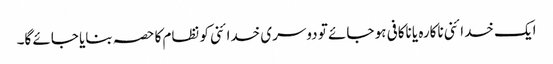
ایک خدائنی ناکارہ یا ناکافی ہو جائے تو دوسری خدائنی کو نظام کا حصہ بنایا جائے گا۔